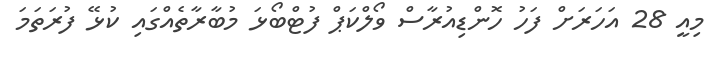
މިއީ 28 އަހަރަށް ފަހު ހޮންޑިއުރާސް ވޯލްކަޕް ފުޓްބޯޅަ މުބާރާތެއްގައި ކުޅޭ ފުރަތަމަ